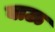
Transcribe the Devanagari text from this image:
बाऊ